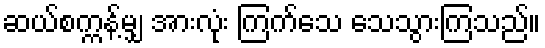
ဆယ်စက္ကန့်မျှ အားလုံး ကြက်သေ သေသွားကြသည်။